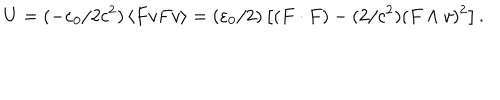
U = ( - \varepsilon _ { 0 } / 2 c ^ { 2 } ) \left\langle F v F v \right\rangle = ( \varepsilon _ { 0 } / 2 ) \left[ ( F \cdot F ) - ( 2 / c ^ { 2 } ) ( F \wedge v ) ^ { 2 } \right] .